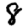
Digit: 8